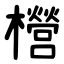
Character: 櫿